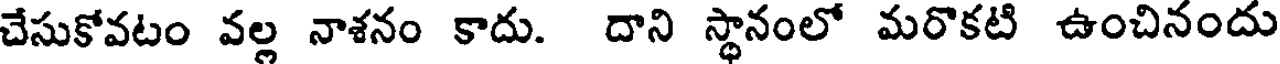
చేసుకోవటం వల్ల నాశనం కాదు. దాని స్థానంలో మరొకటి ఉంచినందు